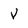
Character: V